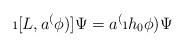
LaTeX: \begin{align*}\i[L,a^(\phi)]\Psi = a^(\i h_0 \phi)\Psi \end{align*}